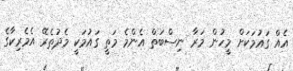
އެއް ގައުމަކަށް މީހުން މަރާ ނިސްބަތް އެންމެ މަތީ ގައުމަކީ މެދުތެރޭ އެމެރިކާގެ